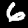
Digit: 6